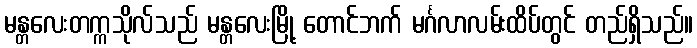
မန္တလေးတက္ကသိုလ်သည် မန္တလေးမြို့ တောင်ဘက် မင်္ဂလာလမ်းထိပ်တွင် တည်ရှိသည်။